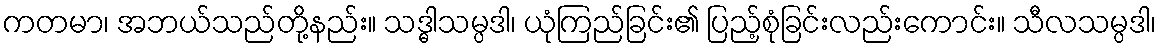
ကတမာ၊ အဘယ်သည်တို့နည်း။ သဒ္ဓါသမ္ပဒါ၊ ယုံကြည်ခြင်း၏ ပြည့်စုံခြင်းလည်းကောင်း။ သီလသမ္ပဒါ၊